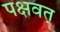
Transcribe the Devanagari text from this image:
पक्षवत्